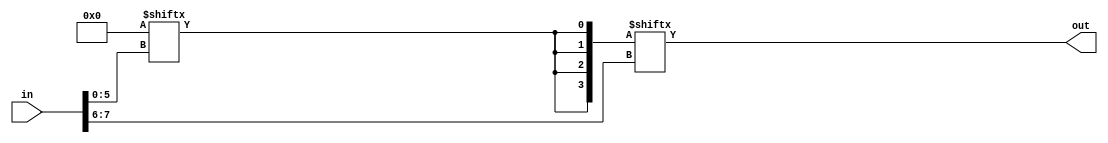
// Copyright 2007 Altera Corporation. All rights reserved.  
// Altera products are protected under numerous U.S. and foreign patents, 
// maskwork rights, copyrights and other intellectual property laws.  
//
// This reference design file, and your use thereof, is subject to and governed
// by the terms and conditions of the applicable Altera Reference Design 
// License Agreement (either as signed by you or found at www.altera.com).  By
// using this reference design file, you indicate your acceptance of such terms
// and conditions between you and Altera Corporation.  In the event that you do
// not agree with such terms and conditions, you may not use the reference 
// design file and please promptly destroy any copies you have made.
//
// This reference design file is being provided on an "as-is" basis and as an 
// accommodation and therefore all warranties, representations or guarantees of 
// any kind (whether express, implied or statutory) including, without 
// limitation, warranties of merchantability, non-infringement, or fitness for
// a particular purpose, are specifically disclaimed.  By making this reference
// design file available, Altera expressly does not recommend, suggest or 
// require that this reference design file be used in combination with any 
// other product not provided by Altera.
/////////////////////////////////////////////////////////////////////////////

// baeckler - 03-09-2006

//////////////////////////////////////////////
// eight input (256 word) ROM helper fn
//////////////////////////////////////////////
module eight_input_rom (in,out);
input [7:0] in;
output out;
wire out /* synthesis keep */;

parameter [255:0] mask = 256'b0;

wire [3:0] t /* synthesis keep */;
wire [63:0] m0 = mask[63:0];
wire [63:0] m1 = mask[127:64];
wire [63:0] m2 = mask[191:128];
wire [63:0] m3 = mask[255:192];

assign t[0] = m0[in[5:0]];
assign t[1] = m1[in[5:0]];
assign t[2] = m2[in[5:0]];
assign t[3] = m3[in[5:0]];
assign out = t[in[7:6]];

endmodule

//////////////////////////////////////////////
// Single Rijndael SBOX
//////////////////////////////////////////////
module sbox (in,out);
input [7:0] in;
output [7:0] out;
wire [7:0] out;

parameter METHOD = 1;

generate
  if (METHOD == 0) begin
    reg [7:0] o;
    always @(in) begin
      case (in)
        8'h00: o = 8'h63;    8'h01: o = 8'h7c;    8'h02: o = 8'h77;    8'h03: o = 8'h7b;
        8'h04: o = 8'hf2;    8'h05: o = 8'h6b;    8'h06: o = 8'h6f;    8'h07: o = 8'hc5;
        8'h08: o = 8'h30;    8'h09: o = 8'h01;    8'h0a: o = 8'h67;    8'h0b: o = 8'h2b;
        8'h0c: o = 8'hfe;    8'h0d: o = 8'hd7;    8'h0e: o = 8'hab;    8'h0f: o = 8'h76;
        8'h10: o = 8'hca;    8'h11: o = 8'h82;    8'h12: o = 8'hc9;    8'h13: o = 8'h7d;
        8'h14: o = 8'hfa;    8'h15: o = 8'h59;    8'h16: o = 8'h47;    8'h17: o = 8'hf0;
        8'h18: o = 8'had;    8'h19: o = 8'hd4;    8'h1a: o = 8'ha2;    8'h1b: o = 8'haf;
        8'h1c: o = 8'h9c;    8'h1d: o = 8'ha4;    8'h1e: o = 8'h72;    8'h1f: o = 8'hc0;
        8'h20: o = 8'hb7;    8'h21: o = 8'hfd;    8'h22: o = 8'h93;    8'h23: o = 8'h26;
        8'h24: o = 8'h36;    8'h25: o = 8'h3f;    8'h26: o = 8'hf7;    8'h27: o = 8'hcc;
        8'h28: o = 8'h34;    8'h29: o = 8'ha5;    8'h2a: o = 8'he5;    8'h2b: o = 8'hf1;
        8'h2c: o = 8'h71;    8'h2d: o = 8'hd8;    8'h2e: o = 8'h31;    8'h2f: o = 8'h15;
        8'h30: o = 8'h04;    8'h31: o = 8'hc7;    8'h32: o = 8'h23;    8'h33: o = 8'hc3;
        8'h34: o = 8'h18;    8'h35: o = 8'h96;    8'h36: o = 8'h05;    8'h37: o = 8'h9a;
        8'h38: o = 8'h07;    8'h39: o = 8'h12;    8'h3a: o = 8'h80;    8'h3b: o = 8'he2;
        8'h3c: o = 8'heb;    8'h3d: o = 8'h27;    8'h3e: o = 8'hb2;    8'h3f: o = 8'h75;
        8'h40: o = 8'h09;    8'h41: o = 8'h83;    8'h42: o = 8'h2c;    8'h43: o = 8'h1a;
        8'h44: o = 8'h1b;    8'h45: o = 8'h6e;    8'h46: o = 8'h5a;    8'h47: o = 8'ha0;
        8'h48: o = 8'h52;    8'h49: o = 8'h3b;    8'h4a: o = 8'hd6;    8'h4b: o = 8'hb3;
        8'h4c: o = 8'h29;    8'h4d: o = 8'he3;    8'h4e: o = 8'h2f;    8'h4f: o = 8'h84;
        8'h50: o = 8'h53;    8'h51: o = 8'hd1;    8'h52: o = 8'h00;    8'h53: o = 8'hed;
        8'h54: o = 8'h20;    8'h55: o = 8'hfc;    8'h56: o = 8'hb1;    8'h57: o = 8'h5b;
        8'h58: o = 8'h6a;    8'h59: o = 8'hcb;    8'h5a: o = 8'hbe;    8'h5b: o = 8'h39;
        8'h5c: o = 8'h4a;    8'h5d: o = 8'h4c;    8'h5e: o = 8'h58;    8'h5f: o = 8'hcf;
        8'h60: o = 8'hd0;    8'h61: o = 8'hef;    8'h62: o = 8'haa;    8'h63: o = 8'hfb;
        8'h64: o = 8'h43;    8'h65: o = 8'h4d;    8'h66: o = 8'h33;    8'h67: o = 8'h85;
        8'h68: o = 8'h45;    8'h69: o = 8'hf9;    8'h6a: o = 8'h02;    8'h6b: o = 8'h7f;
        8'h6c: o = 8'h50;    8'h6d: o = 8'h3c;    8'h6e: o = 8'h9f;    8'h6f: o = 8'ha8;
        8'h70: o = 8'h51;    8'h71: o = 8'ha3;    8'h72: o = 8'h40;    8'h73: o = 8'h8f;
        8'h74: o = 8'h92;    8'h75: o = 8'h9d;    8'h76: o = 8'h38;    8'h77: o = 8'hf5;
        8'h78: o = 8'hbc;    8'h79: o = 8'hb6;    8'h7a: o = 8'hda;    8'h7b: o = 8'h21;
        8'h7c: o = 8'h10;    8'h7d: o = 8'hff;    8'h7e: o = 8'hf3;    8'h7f: o = 8'hd2;
        8'h80: o = 8'hcd;    8'h81: o = 8'h0c;    8'h82: o = 8'h13;    8'h83: o = 8'hec;
        8'h84: o = 8'h5f;    8'h85: o = 8'h97;    8'h86: o = 8'h44;    8'h87: o = 8'h17;
        8'h88: o = 8'hc4;    8'h89: o = 8'ha7;    8'h8a: o = 8'h7e;    8'h8b: o = 8'h3d;
        8'h8c: o = 8'h64;    8'h8d: o = 8'h5d;    8'h8e: o = 8'h19;    8'h8f: o = 8'h73;
        8'h90: o = 8'h60;    8'h91: o = 8'h81;    8'h92: o = 8'h4f;    8'h93: o = 8'hdc;
        8'h94: o = 8'h22;    8'h95: o = 8'h2a;    8'h96: o = 8'h90;    8'h97: o = 8'h88;
        8'h98: o = 8'h46;    8'h99: o = 8'hee;    8'h9a: o = 8'hb8;    8'h9b: o = 8'h14;
        8'h9c: o = 8'hde;    8'h9d: o = 8'h5e;    8'h9e: o = 8'h0b;    8'h9f: o = 8'hdb;
        8'ha0: o = 8'he0;    8'ha1: o = 8'h32;    8'ha2: o = 8'h3a;    8'ha3: o = 8'h0a;
        8'ha4: o = 8'h49;    8'ha5: o = 8'h06;    8'ha6: o = 8'h24;    8'ha7: o = 8'h5c;
        8'ha8: o = 8'hc2;    8'ha9: o = 8'hd3;    8'haa: o = 8'hac;    8'hab: o = 8'h62;
        8'hac: o = 8'h91;    8'had: o = 8'h95;    8'hae: o = 8'he4;    8'haf: o = 8'h79;
        8'hb0: o = 8'he7;    8'hb1: o = 8'hc8;    8'hb2: o = 8'h37;    8'hb3: o = 8'h6d;
        8'hb4: o = 8'h8d;    8'hb5: o = 8'hd5;    8'hb6: o = 8'h4e;    8'hb7: o = 8'ha9;
        8'hb8: o = 8'h6c;    8'hb9: o = 8'h56;    8'hba: o = 8'hf4;    8'hbb: o = 8'hea;
        8'hbc: o = 8'h65;    8'hbd: o = 8'h7a;    8'hbe: o = 8'hae;    8'hbf: o = 8'h08;
        8'hc0: o = 8'hba;    8'hc1: o = 8'h78;    8'hc2: o = 8'h25;    8'hc3: o = 8'h2e;
        8'hc4: o = 8'h1c;    8'hc5: o = 8'ha6;    8'hc6: o = 8'hb4;    8'hc7: o = 8'hc6;
        8'hc8: o = 8'he8;    8'hc9: o = 8'hdd;    8'hca: o = 8'h74;    8'hcb: o = 8'h1f;
        8'hcc: o = 8'h4b;    8'hcd: o = 8'hbd;    8'hce: o = 8'h8b;    8'hcf: o = 8'h8a;
        8'hd0: o = 8'h70;    8'hd1: o = 8'h3e;    8'hd2: o = 8'hb5;    8'hd3: o = 8'h66;
        8'hd4: o = 8'h48;    8'hd5: o = 8'h03;    8'hd6: o = 8'hf6;    8'hd7: o = 8'h0e;
        8'hd8: o = 8'h61;    8'hd9: o = 8'h35;    8'hda: o = 8'h57;    8'hdb: o = 8'hb9;
        8'hdc: o = 8'h86;    8'hdd: o = 8'hc1;    8'hde: o = 8'h1d;    8'hdf: o = 8'h9e;
        8'he0: o = 8'he1;    8'he1: o = 8'hf8;    8'he2: o = 8'h98;    8'he3: o = 8'h11;
        8'he4: o = 8'h69;    8'he5: o = 8'hd9;    8'he6: o = 8'h8e;    8'he7: o = 8'h94;
        8'he8: o = 8'h9b;    8'he9: o = 8'h1e;    8'hea: o = 8'h87;    8'heb: o = 8'he9;
        8'hec: o = 8'hce;    8'hed: o = 8'h55;    8'hee: o = 8'h28;    8'hef: o = 8'hdf;
        8'hf0: o = 8'h8c;    8'hf1: o = 8'ha1;    8'hf2: o = 8'h89;    8'hf3: o = 8'h0d;
        8'hf4: o = 8'hbf;    8'hf5: o = 8'he6;    8'hf6: o = 8'h42;    8'hf7: o = 8'h68;
        8'hf8: o = 8'h41;    8'hf9: o = 8'h99;    8'hfa: o = 8'h2d;    8'hfb: o = 8'h0f;
        8'hfc: o = 8'hb0;    8'hfd: o = 8'h54;    8'hfe: o = 8'hbb;    8'hff: o = 8'h16;
            default: o = 8'h0;
      endcase
    end
    assign out = o;
  end
  else if (METHOD == 1) begin
      eight_input_rom r0 (.in(in),.out(out[0]));
        defparam r0 .mask = 256'h4f1ead396f247a0410bdb210c006eab568ab4bfa8acb7a13b14ede67096c6eed;
      eight_input_rom r1 (.in(in),.out(out[1]));
        defparam r1 .mask = 256'hc870974094ead8a96a450b2ef33486b4e61a4c5e97816f7a7bae007d4c53fc7d;
      eight_input_rom r2 (.in(in),.out(out[2]));
        defparam r2 .mask = 256'hac39b6c0d6ce2efc577d64e03b0c3ffb23a869a2a428c424a16387fb3b48b4c6;
      eight_input_rom r3 (.in(in),.out(out[3]));
        defparam r3 .mask = 256'h4e9ddb76c892fb1be9da849cf6ac6c1b2568ea2effa8527d109020a2193d586a;
      eight_input_rom r4 (.in(in),.out(out[4]));
        defparam r4 .mask = 256'hf210a3aece472e532624b286bc48ecb4f7f17a494ce30f58c2b0f97752b8b11e;
      eight_input_rom r5 (.in(in),.out(out[5]));
        defparam r5 .mask = 256'h54b248130b4f256f7d8dcc4706319e086bc2aa4e0d787aa4f8045f7b6d98dd7f;
      eight_input_rom r6 (.in(in),.out(out[6]));
        defparam r6 .mask = 256'h21e0b833255917823f6bcb91b30db559e4851b3bf3ab2560980a3cc2c2fdb4ff;
      eight_input_rom r7 (.in(in),.out(out[7]));
        defparam r7 .mask = 256'h52379de7b844e3e14cb3770196ca0329e7bac28f866aac825caa2ec7bf977090;
  end
endgenerate
endmodule

//////////////////////////////////////////////
// Single Rijndael Inverse SBOX
//////////////////////////////////////////////
module inv_sbox (in,out);
input [7:0] in;
output [7:0] out;
wire [7:0] out;

parameter METHOD = 1;

generate
  if (METHOD == 0) begin
    reg [7:0] o;
    always @(in) begin
      case (in)
        8'h00: o = 8'h52;    8'h01: o = 8'h09;    8'h02: o = 8'h6a;    8'h03: o = 8'hd5;
        8'h04: o = 8'h30;    8'h05: o = 8'h36;    8'h06: o = 8'ha5;    8'h07: o = 8'h38;
        8'h08: o = 8'hbf;    8'h09: o = 8'h40;    8'h0a: o = 8'ha3;    8'h0b: o = 8'h9e;
        8'h0c: o = 8'h81;    8'h0d: o = 8'hf3;    8'h0e: o = 8'hd7;    8'h0f: o = 8'hfb;
        8'h10: o = 8'h7c;    8'h11: o = 8'he3;    8'h12: o = 8'h39;    8'h13: o = 8'h82;
        8'h14: o = 8'h9b;    8'h15: o = 8'h2f;    8'h16: o = 8'hff;    8'h17: o = 8'h87;
        8'h18: o = 8'h34;    8'h19: o = 8'h8e;    8'h1a: o = 8'h43;    8'h1b: o = 8'h44;
        8'h1c: o = 8'hc4;    8'h1d: o = 8'hde;    8'h1e: o = 8'he9;    8'h1f: o = 8'hcb;
        8'h20: o = 8'h54;    8'h21: o = 8'h7b;    8'h22: o = 8'h94;    8'h23: o = 8'h32;
        8'h24: o = 8'ha6;    8'h25: o = 8'hc2;    8'h26: o = 8'h23;    8'h27: o = 8'h3d;
        8'h28: o = 8'hee;    8'h29: o = 8'h4c;    8'h2a: o = 8'h95;    8'h2b: o = 8'h0b;
        8'h2c: o = 8'h42;    8'h2d: o = 8'hfa;    8'h2e: o = 8'hc3;    8'h2f: o = 8'h4e;
        8'h30: o = 8'h08;    8'h31: o = 8'h2e;    8'h32: o = 8'ha1;    8'h33: o = 8'h66;
        8'h34: o = 8'h28;    8'h35: o = 8'hd9;    8'h36: o = 8'h24;    8'h37: o = 8'hb2;
        8'h38: o = 8'h76;    8'h39: o = 8'h5b;    8'h3a: o = 8'ha2;    8'h3b: o = 8'h49;
        8'h3c: o = 8'h6d;    8'h3d: o = 8'h8b;    8'h3e: o = 8'hd1;    8'h3f: o = 8'h25;
        8'h40: o = 8'h72;    8'h41: o = 8'hf8;    8'h42: o = 8'hf6;    8'h43: o = 8'h64;
        8'h44: o = 8'h86;    8'h45: o = 8'h68;    8'h46: o = 8'h98;    8'h47: o = 8'h16;
        8'h48: o = 8'hd4;    8'h49: o = 8'ha4;    8'h4a: o = 8'h5c;    8'h4b: o = 8'hcc;
        8'h4c: o = 8'h5d;    8'h4d: o = 8'h65;    8'h4e: o = 8'hb6;    8'h4f: o = 8'h92;
        8'h50: o = 8'h6c;    8'h51: o = 8'h70;    8'h52: o = 8'h48;    8'h53: o = 8'h50;
        8'h54: o = 8'hfd;    8'h55: o = 8'hed;    8'h56: o = 8'hb9;    8'h57: o = 8'hda;
        8'h58: o = 8'h5e;    8'h59: o = 8'h15;    8'h5a: o = 8'h46;    8'h5b: o = 8'h57;
        8'h5c: o = 8'ha7;    8'h5d: o = 8'h8d;    8'h5e: o = 8'h9d;    8'h5f: o = 8'h84;
        8'h60: o = 8'h90;    8'h61: o = 8'hd8;    8'h62: o = 8'hab;    8'h63: o = 8'h00;
        8'h64: o = 8'h8c;    8'h65: o = 8'hbc;    8'h66: o = 8'hd3;    8'h67: o = 8'h0a;
        8'h68: o = 8'hf7;    8'h69: o = 8'he4;    8'h6a: o = 8'h58;    8'h6b: o = 8'h05;
        8'h6c: o = 8'hb8;    8'h6d: o = 8'hb3;    8'h6e: o = 8'h45;    8'h6f: o = 8'h06;
        8'h70: o = 8'hd0;    8'h71: o = 8'h2c;    8'h72: o = 8'h1e;    8'h73: o = 8'h8f;
        8'h74: o = 8'hca;    8'h75: o = 8'h3f;    8'h76: o = 8'h0f;    8'h77: o = 8'h02;
        8'h78: o = 8'hc1;    8'h79: o = 8'haf;    8'h7a: o = 8'hbd;    8'h7b: o = 8'h03;
        8'h7c: o = 8'h01;    8'h7d: o = 8'h13;    8'h7e: o = 8'h8a;    8'h7f: o = 8'h6b;
        8'h80: o = 8'h3a;    8'h81: o = 8'h91;    8'h82: o = 8'h11;    8'h83: o = 8'h41;
        8'h84: o = 8'h4f;    8'h85: o = 8'h67;    8'h86: o = 8'hdc;    8'h87: o = 8'hea;
        8'h88: o = 8'h97;    8'h89: o = 8'hf2;    8'h8a: o = 8'hcf;    8'h8b: o = 8'hce;
        8'h8c: o = 8'hf0;    8'h8d: o = 8'hb4;    8'h8e: o = 8'he6;    8'h8f: o = 8'h73;
        8'h90: o = 8'h96;    8'h91: o = 8'hac;    8'h92: o = 8'h74;    8'h93: o = 8'h22;
        8'h94: o = 8'he7;    8'h95: o = 8'had;    8'h96: o = 8'h35;    8'h97: o = 8'h85;
        8'h98: o = 8'he2;    8'h99: o = 8'hf9;    8'h9a: o = 8'h37;    8'h9b: o = 8'he8;
        8'h9c: o = 8'h1c;    8'h9d: o = 8'h75;    8'h9e: o = 8'hdf;    8'h9f: o = 8'h6e;
        8'ha0: o = 8'h47;    8'ha1: o = 8'hf1;    8'ha2: o = 8'h1a;    8'ha3: o = 8'h71;
        8'ha4: o = 8'h1d;    8'ha5: o = 8'h29;    8'ha6: o = 8'hc5;    8'ha7: o = 8'h89;
        8'ha8: o = 8'h6f;    8'ha9: o = 8'hb7;    8'haa: o = 8'h62;    8'hab: o = 8'h0e;
        8'hac: o = 8'haa;    8'had: o = 8'h18;    8'hae: o = 8'hbe;    8'haf: o = 8'h1b;
        8'hb0: o = 8'hfc;    8'hb1: o = 8'h56;    8'hb2: o = 8'h3e;    8'hb3: o = 8'h4b;
        8'hb4: o = 8'hc6;    8'hb5: o = 8'hd2;    8'hb6: o = 8'h79;    8'hb7: o = 8'h20;
        8'hb8: o = 8'h9a;    8'hb9: o = 8'hdb;    8'hba: o = 8'hc0;    8'hbb: o = 8'hfe;
        8'hbc: o = 8'h78;    8'hbd: o = 8'hcd;    8'hbe: o = 8'h5a;    8'hbf: o = 8'hf4;
        8'hc0: o = 8'h1f;    8'hc1: o = 8'hdd;    8'hc2: o = 8'ha8;    8'hc3: o = 8'h33;
        8'hc4: o = 8'h88;    8'hc5: o = 8'h07;    8'hc6: o = 8'hc7;    8'hc7: o = 8'h31;
        8'hc8: o = 8'hb1;    8'hc9: o = 8'h12;    8'hca: o = 8'h10;    8'hcb: o = 8'h59;
        8'hcc: o = 8'h27;    8'hcd: o = 8'h80;    8'hce: o = 8'hec;    8'hcf: o = 8'h5f;
        8'hd0: o = 8'h60;    8'hd1: o = 8'h51;    8'hd2: o = 8'h7f;    8'hd3: o = 8'ha9;
        8'hd4: o = 8'h19;    8'hd5: o = 8'hb5;    8'hd6: o = 8'h4a;    8'hd7: o = 8'h0d;
        8'hd8: o = 8'h2d;    8'hd9: o = 8'he5;    8'hda: o = 8'h7a;    8'hdb: o = 8'h9f;
        8'hdc: o = 8'h93;    8'hdd: o = 8'hc9;    8'hde: o = 8'h9c;    8'hdf: o = 8'hef;
        8'he0: o = 8'ha0;    8'he1: o = 8'he0;    8'he2: o = 8'h3b;    8'he3: o = 8'h4d;
        8'he4: o = 8'hae;    8'he5: o = 8'h2a;    8'he6: o = 8'hf5;    8'he7: o = 8'hb0;
        8'he8: o = 8'hc8;    8'he9: o = 8'heb;    8'hea: o = 8'hbb;    8'heb: o = 8'h3c;
        8'hec: o = 8'h83;    8'hed: o = 8'h53;    8'hee: o = 8'h99;    8'hef: o = 8'h61;
        8'hf0: o = 8'h17;    8'hf1: o = 8'h2b;    8'hf2: o = 8'h04;    8'hf3: o = 8'h7e;
        8'hf4: o = 8'hba;    8'hf5: o = 8'h77;    8'hf6: o = 8'hd6;    8'hf7: o = 8'h26;
        8'hf8: o = 8'he1;    8'hf9: o = 8'h69;    8'hfa: o = 8'h14;    8'hfb: o = 8'h63;
        8'hfc: o = 8'h55;    8'hfd: o = 8'h21;    8'hfe: o = 8'h0c;    8'hff: o = 8'h7d;
            default: o = 8'h0;
      endcase
    end
    assign out = o;
  end
  else if (METHOD == 1) begin
      eight_input_rom r0 (.in(in),.out(out[0]));
        defparam r0 .mask = 256'hbb23f64cbbbe99eb224883fb66f0853ebf6869447a703000fa244cc2c4f6f54a;
      eight_input_rom r1 (.in(in),.out(out[1]));
        defparam r1 .mask = 256'h08fb36349c4492694b3edf05c519cfb1eafca1c41d80c095278af97aa6faed25;
      eight_input_rom r2 (.in(in),.out(out[2]));
        defparam r2 .mask = 256'hd4ed0858cba4d063a8174b51f4f76d70066ecb30ff317f9c914a87953be14968;
      eight_input_rom r3 (.in(in),.out(out[3]));
        defparam r3 .mask = 256'hc21a4f3ceddcc8177b4df9b4da220cd1c67e14b661f51c623a33ab82e2758986;
      eight_input_rom r4 (.in(in),.out(out[4]));
        defparam r4 .mask = 256'h94796cc45c368f8bdb67e21e7645b347242535634bdad5c743a0248f2155e9b9;
      eight_input_rom r5 (.in(in),.out(out[5]));
        defparam r5 .mask = 256'habba8ef7872d518c98c5572aaf7ef2a1862233241073622f95de21da4167a5f4;
      eight_input_rom r6 (.in(in),.out(out[6]));
        defparam r6 .mask = 256'h9b68a34aa647c842fe7b054beb14def8811147420dbf3d2f5b28f323fc43e20d;
      eight_input_rom r7 (.in(in),.out(out[7]));
        defparam r7 .mask = 256'h015057d3fa286156af3152c24bb37fc247193377f0f0cb5664a46534f2dafd48;
  end
endgenerate
endmodule

////////////////////////////////////////////////////
// sub_bytes implemented as 4 by 4 array of SBOXes
////////////////////////////////////////////////////
module sub_bytes (in,out);
input [16*8-1 : 0] in;
output [16*8-1 : 0] out;
wire [16*8-1 : 0] out;

genvar i;
generate
    for (i=0; i<16; i=i+1)
    begin : sb
        sbox s (.in(in[8*i+7:8*i]), .out(out[8*i+7:8*i]));
    end
endgenerate
endmodule

////////////////////////////////////////////////////
// inv_sub_bytes implemented as 4x4 inv_SBOXes
////////////////////////////////////////////////////
module inv_sub_bytes (in,out);
input [16*8-1 : 0] in;
output [16*8-1 : 0] out;
wire [16*8-1 : 0] out;

genvar i;
generate
    for (i=0; i<16; i=i+1)
    begin : sb
        inv_sbox s (.in(in[8*i+7:8*i]), .out(out[8*i+7:8*i]));
    end
endgenerate
endmodule